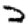
Digit: 2